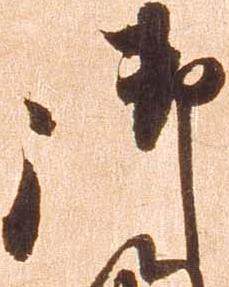
御